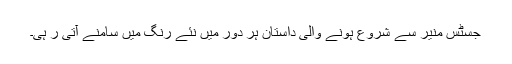
جسٹس منیر سے شروع ہونے والی داستان ہر دور میں نئے رنگ میں سامنے آتی ر ہی۔